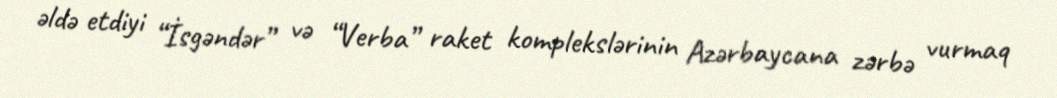
əldə etdiyi “İsgəndər” və “Verba” raket komplekslərinin Azərbaycana zərbə vurmaq